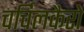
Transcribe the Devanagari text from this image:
चर्चिलकैरो